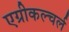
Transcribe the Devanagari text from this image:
एग्रीकल्चर्ल